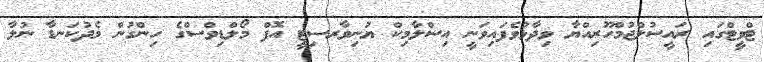
ޓްވީޓްގައި ރައީސުލްޖުމްހޫރިއްޔާ ވިދާޅުވެފައިވަނީ އިސްލާމިކް ޔުނިވާރސިޓީ އޮފް މޯލްޑިވްސްގެ ހިންގުން މެދުކަނޑާ ނުލާ